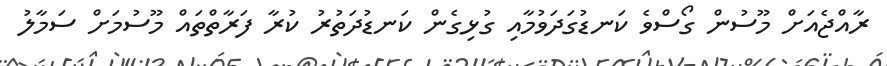
ރާއްޖެއަށް މޫސުން ގޯސްވެ ކަނޑުގަދަވުމާއި ގުޅިގެން ކަނޑުދަތުރު ކުރާ ފަރާތްތައް މޫސުމަށް ސަމާލު